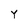
Character: Y